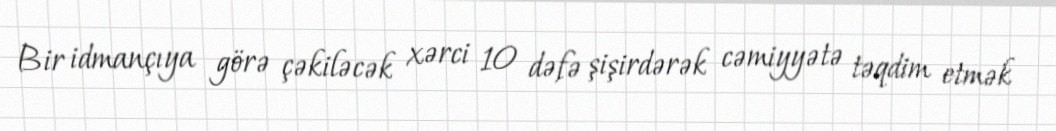
Bir idmançıya görə çəkiləcək xərci 10 dəfə şişirdərək cəmiyyətə təqdim etmək